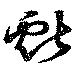
献